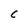
Character: C